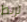
لربط